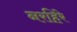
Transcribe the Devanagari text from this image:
नरहिरे